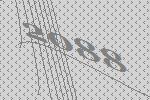
2088